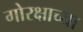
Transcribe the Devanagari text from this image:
गोरक्षाच्या